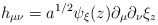
\begin{align*}h_{\mu\nu}= a^{1/2}\psi_{\xi}(z) \partial_{\mu}\partial_{\nu}\xi_z\end{align*}